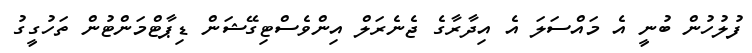
ފުލުހުން ބުނީ އެ މައްސަލަ އެ އިދާރާގެ ޖެނެރަލް އިންވެސްޓިގޭޝަން ޑިޕާޓްމަންޓުން ތަހުގީގު